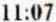
11:07